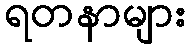
ရတနာများ